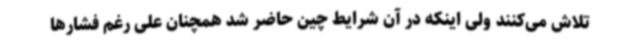
تلاش می‌کنند ولی اینکه در آن شرایط چین حاضر شد همچنان علی رغم فشارها